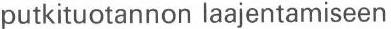
putkituotannon laajentamiseen